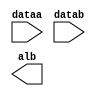
// megafunction wizard: %LPM_COMPARE%VBB%
// GENERATION: STANDARD
// VERSION: WM1.0
// MODULE: LPM_COMPARE 

// ============================================================
// Megafunction Name(s):
// 			LPM_COMPARE
//
// Simulation Library Files(s):
// 			lpm
// ============================================================
// ************************************************************
// THIS IS A WIZARD-GENERATED FILE. DO NOT EDIT THIS FILE!
//
// 17.1.0 Build 590 10/25/2017 SJ Lite Edition
// ************************************************************

//Copyright (C) 2017  Intel Corporation. All rights reserved.
//Your use of Intel Corporation's design tools, logic functions 
//and other software and tools, and its AMPP partner logic 
//functions, and any output files from any of the foregoing 
//(including device programming or simulation files), and any 
//associated documentation or information are expressly subject 
//to the terms and conditions of the Intel Program License 
//Subscription Agreement, the Intel Quartus Prime License Agreement,
//the Intel FPGA IP License Agreement, or other applicable license
//agreement, including, without limitation, that your use is for
//the sole purpose of programming logic devices manufactured by
//Intel and sold by Intel or its authorized distributors.  Please
//refer to the applicable agreement for further details.

module compare (
	dataa,
	datab,
	alb);

	input	[15:0]  dataa;
	input	[15:0]  datab;
	output	  alb;

endmodule

// ============================================================
// CNX file retrieval info
// ============================================================
// Retrieval info: PRIVATE: AeqB NUMERIC "0"
// Retrieval info: PRIVATE: AgeB NUMERIC "0"
// Retrieval info: PRIVATE: AgtB NUMERIC "0"
// Retrieval info: PRIVATE: AleB NUMERIC "0"
// Retrieval info: PRIVATE: AltB NUMERIC "1"
// Retrieval info: PRIVATE: AneB NUMERIC "0"
// Retrieval info: PRIVATE: INTENDED_DEVICE_FAMILY STRING "Cyclone 10 LP"
// Retrieval info: PRIVATE: LPM_PIPELINE NUMERIC "1"
// Retrieval info: PRIVATE: Latency NUMERIC "0"
// Retrieval info: PRIVATE: PortBValue NUMERIC "0"
// Retrieval info: PRIVATE: Radix NUMERIC "10"
// Retrieval info: PRIVATE: SYNTH_WRAPPER_GEN_POSTFIX STRING "0"
// Retrieval info: PRIVATE: SignedCompare NUMERIC "1"
// Retrieval info: PRIVATE: aclr NUMERIC "0"
// Retrieval info: PRIVATE: clken NUMERIC "0"
// Retrieval info: PRIVATE: isPortBConstant NUMERIC "0"
// Retrieval info: PRIVATE: nBit NUMERIC "16"
// Retrieval info: PRIVATE: new_diagram STRING "1"
// Retrieval info: LIBRARY: lpm lpm.lpm_components.all
// Retrieval info: CONSTANT: LPM_REPRESENTATION STRING "SIGNED"
// Retrieval info: CONSTANT: LPM_TYPE STRING "LPM_COMPARE"
// Retrieval info: CONSTANT: LPM_WIDTH NUMERIC "16"
// Retrieval info: USED_PORT: alb 0 0 0 0 OUTPUT NODEFVAL "alb"
// Retrieval info: USED_PORT: dataa 0 0 16 0 INPUT NODEFVAL "dataa[15..0]"
// Retrieval info: USED_PORT: datab 0 0 16 0 INPUT NODEFVAL "datab[15..0]"
// Retrieval info: CONNECT: @dataa 0 0 16 0 dataa 0 0 16 0
// Retrieval info: CONNECT: @datab 0 0 16 0 datab 0 0 16 0
// Retrieval info: CONNECT: alb 0 0 0 0 @alb 0 0 0 0
// Retrieval info: GEN_FILE: TYPE_NORMAL compare.v TRUE
// Retrieval info: GEN_FILE: TYPE_NORMAL compare.inc FALSE
// Retrieval info: GEN_FILE: TYPE_NORMAL compare.cmp FALSE
// Retrieval info: GEN_FILE: TYPE_NORMAL compare.bsf FALSE
// Retrieval info: GEN_FILE: TYPE_NORMAL compare_inst.v TRUE
// Retrieval info: GEN_FILE: TYPE_NORMAL compare_bb.v TRUE
// Retrieval info: LIB_FILE: lpm